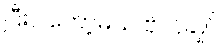
ပြီးပါတော့မယ် ဗိုလ်ချုပ်